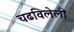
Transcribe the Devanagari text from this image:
चढविलेली